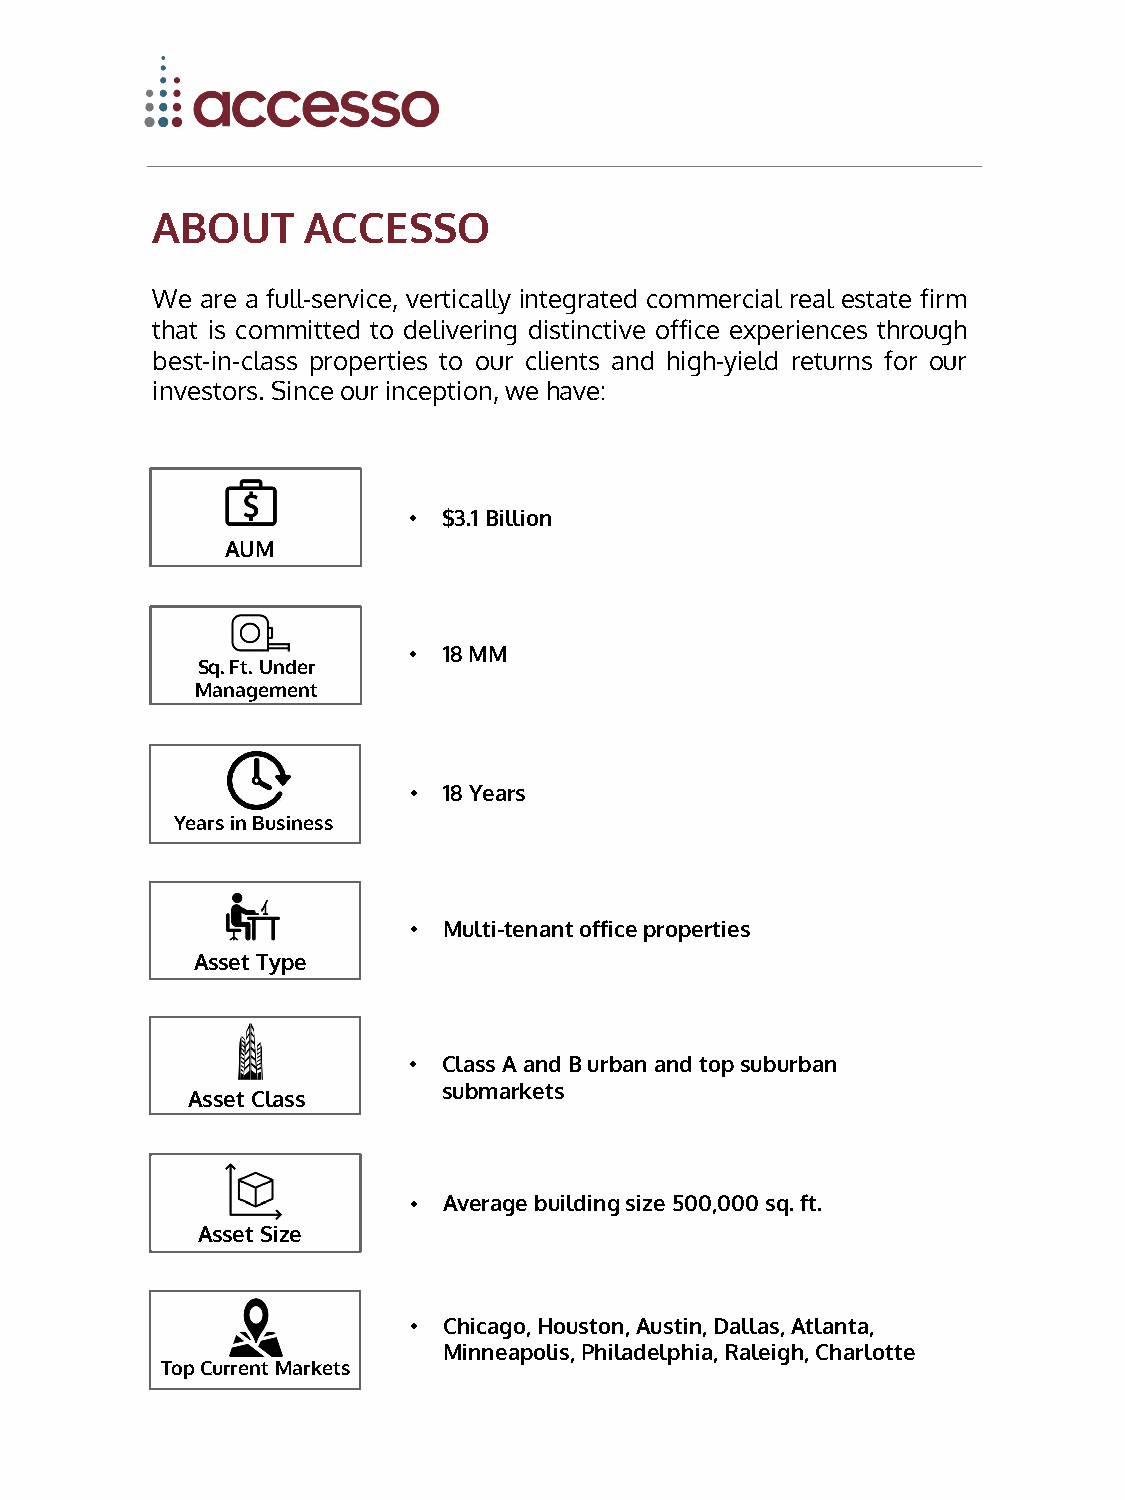
ABOUT     ACCESSO
 We are a full-service, vertically integrated commercial real estate firm
 that is committed to delivering distinctive office experiences through
 best-in-class properties to our clients and high-yield returns for our
 investors.Sinceour inception,we have:
 • $3.1 Billion
 AUM
 • 18 MM
 Sq. Ft. Under
 Management
 • 18 Years
 Years in Business
 • Multi-tenant office properties
 Asset Type
 • Class A and B urban and top suburban
 submarkets
 Asset Class
 • Average building size 500,000 sq. ft.
 Asset Size
 • Chicago, Houston, Austin, Dallas, Atlanta,
 Minneapolis, Philadelphia, Raleigh, Charlotte
 Top Current Markets